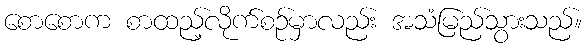
စောစောက စာထည့်လိုက်စဉ်မှာလည်း အသံမြည်သွားသည်။